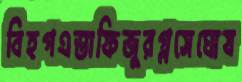
বিহগএস্তাফিজুরগ্লসেঘোষ